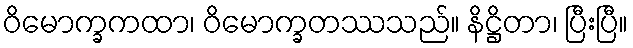
ဝိမောက္ခကထာ၊ ဝိမောက္ခတဿသည်။ နိဋ္ဌိတာ၊ ပြီးပြီ။